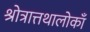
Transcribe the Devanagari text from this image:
श्रोत्रात्तथालोकाँ